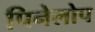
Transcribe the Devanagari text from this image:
पिनेलोप